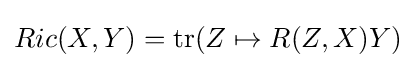
Ric(X,Y)=\operatorname {tr} (Z\mapsto R(Z,X)Y)